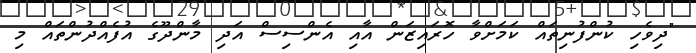
"ދިވެހި ކުންފުނިތައް ކަމަށްވާ ހޮރައިޒަން އާއި އެންސިސް އަދި މާންދޫގެ އުފެއްދުންތައް މި